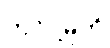
တင်ပို့မှုကို